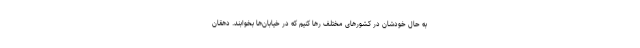
به حال خودشان در کشورهای مختلف رها کنیم که در خیابان‌ها بخوابند. دهقان